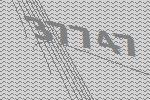
37747